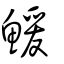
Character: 鰀